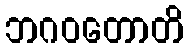
ဘဂဝတောတိ